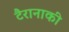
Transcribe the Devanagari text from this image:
टैरानाकी